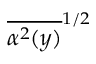
\overline { { \alpha ^ { 2 } ( y ) } } ^ { 1 / 2 }